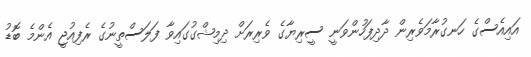
އައިއެސްގެ ހަނގުރާމަވެރިން ދާދިފަހުންވަނީ ސީރިޔާގެ ވެރިރަށް ދިމިޝްގުގައިވާ ފަލަސްތީނުގެ ރެފިއުޖީ އެންމެ ބޮޑު